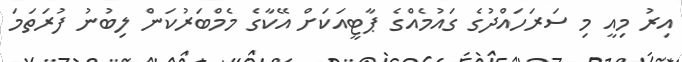
އިރު މިއީ މި ސަރަހައްދުގެ ގައުމެއްގެ ޕާޓީއަކަށް އޭކާގެ މެމްބަރުކަން ލިބުނު ފުރަތަމަ